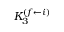
K _ { 3 } ^ { ( f \leftarrow i ) }